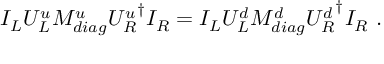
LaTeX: I _ { L } U _ { L } ^ { u } { \cal M } _ { d i a g } ^ { u } { U _ { R } ^ { u } } ^ { \dagger } I _ { R } = I _ { L } U _ { L } ^ { d } { \cal M } _ { d i a g } ^ { d } { U _ { R } ^ { d } } ^ { \dagger } I _ { R } ~ .